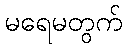
မရေမတွက်